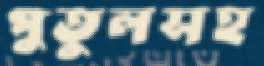
পুতুলসহ